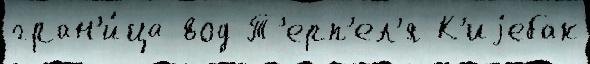
гран'и́ца вод Т'ерп'ел'я К'иjебак